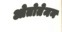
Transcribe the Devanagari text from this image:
ओतोतेमन